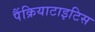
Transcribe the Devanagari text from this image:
पैंक्रियाटाइटिस